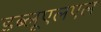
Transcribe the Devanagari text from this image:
डब्लूएलएल